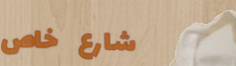
شارع خاص